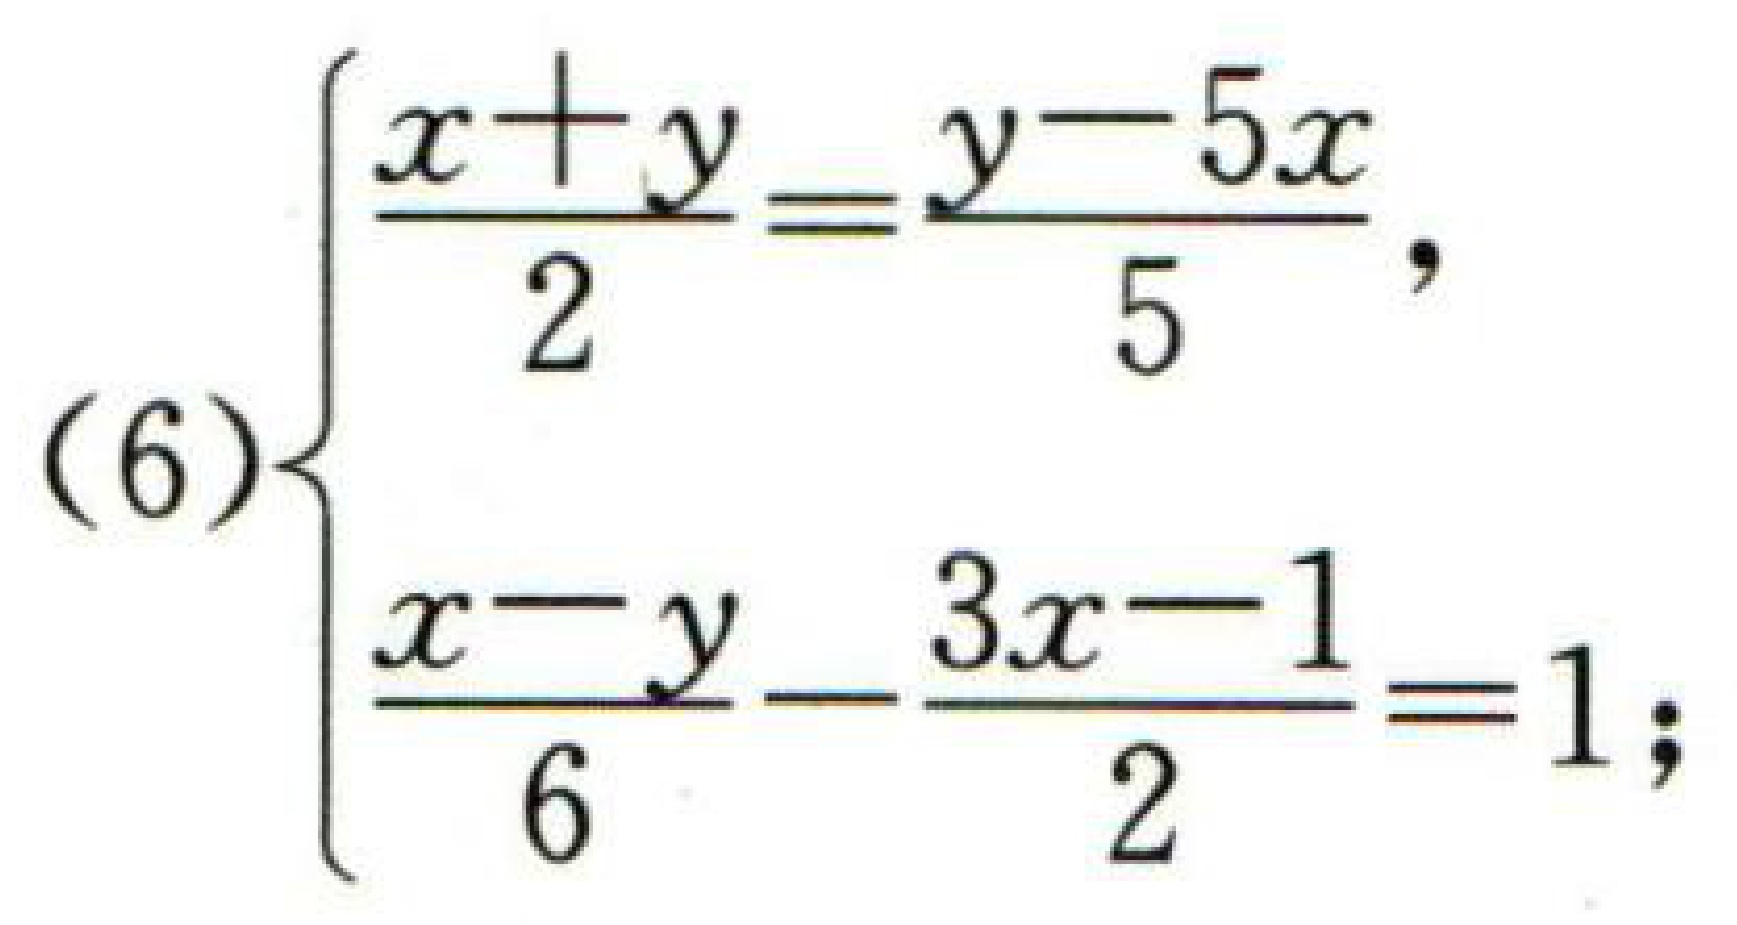
\[(6)\begin{cases}

\frac{x + y}{2}=\frac{y - 5x}{5},\\

\frac{x - y}{6}-\frac{3x - 1}{2}=1;

\end{cases}\]